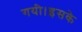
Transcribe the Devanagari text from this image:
गयी।इसके